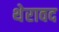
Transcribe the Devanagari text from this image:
थेरावद